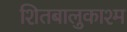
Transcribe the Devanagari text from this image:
शितबालुकाश्म